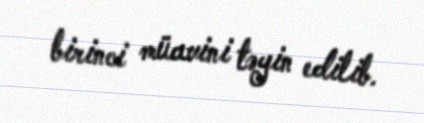
birinci müavini təyin edilib.